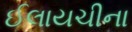
ઈલાયચીના